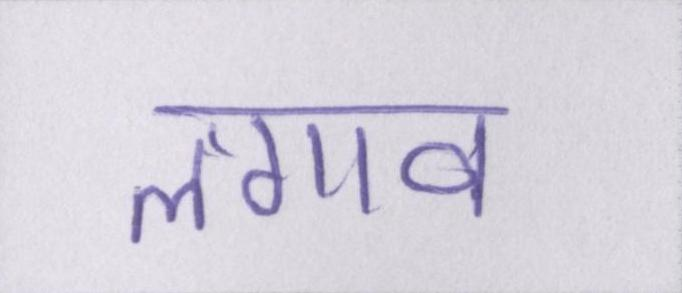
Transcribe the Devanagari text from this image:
लगाव